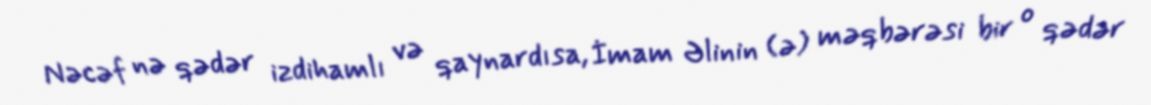
Nəcəf nə qədər izdihamlı və qaynardısa, İmam Əlinin (ə) məqbərəsi bir o qədər